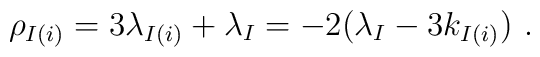
\rho_{I(i)}= 3\lambda_{I(i)}+\lambda _I = -2(\lambda _I-3 k_{I(i)})~.